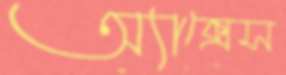
অ্যাক্সেস